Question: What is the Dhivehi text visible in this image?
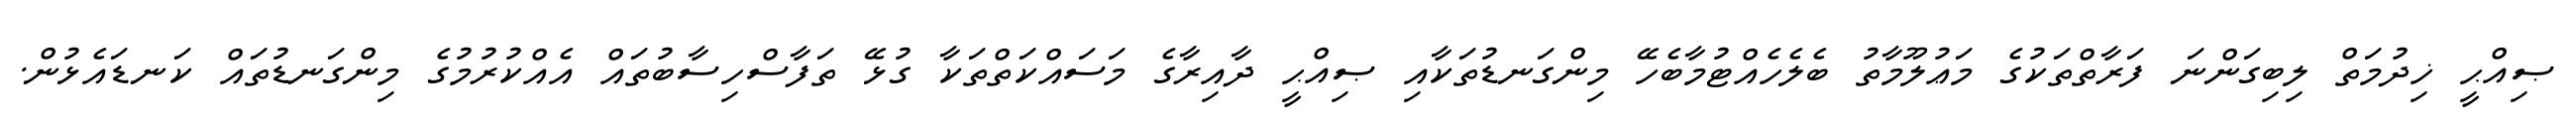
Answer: ޞިއްޙީ ޚިދުމަތް ލިބިގަންނަ ފަރާތްތަކުގެ މަޢުލޫމާތު ބެލެހެއްޓުމާބެހޭ މިންގަނޑުތަކާއި ޞިއްޙީ ދާއިރާގެ މަސައްކަތްތަކާ ގުޅޭ ތަފާސްހިސާބުތައް އެއްކުރުމުގެ މިންގަނޑުތައް ކަނޑައެޅުން.